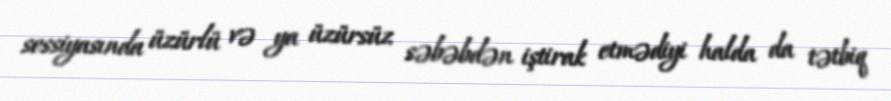
sessiyasında üzürlü və ya üzürsüz səbəbdən iştirak etmədiyi halda da tətbiq